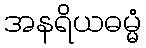
အနရိယဓမ္မံ